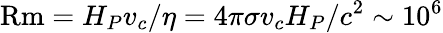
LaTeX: \mathrm{Rm}=H_{P}v_{c}/\eta=4\pi\sigma v_{c}H_{P}/c^{2}\sim 10^{6}